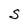
Character: S